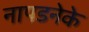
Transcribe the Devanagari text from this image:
नापडनेके